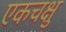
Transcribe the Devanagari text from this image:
एकचक्षु